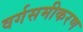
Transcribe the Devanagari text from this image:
वर्गसमीकरण